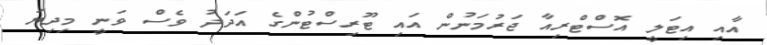
އާއި އިޓަލީ އޮސްޓްރިއާ ޖަރުމަނުން އައި ޓޫރިސްޓުންގެ އަދަދު ވެސް ވަނީ މިދިޔަ